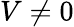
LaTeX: V\neq 0